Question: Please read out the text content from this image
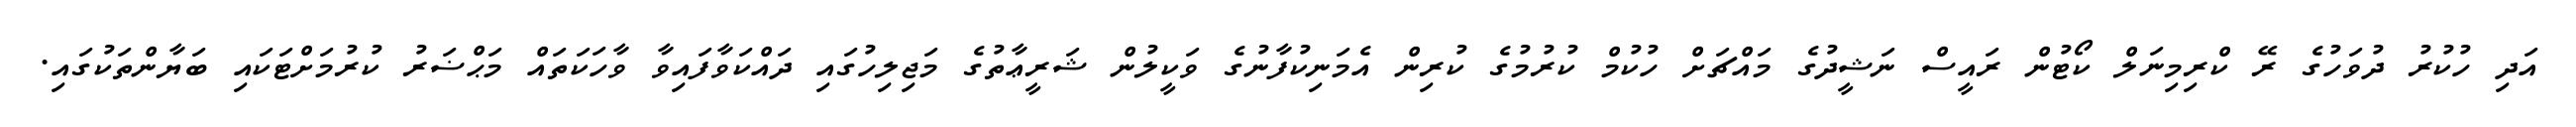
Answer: އަދި ހުކުރު ދުވަހުގެ ރޭ ކްރިމިނަލް ކޯޓުން ރައީސް ނަޝީދުގެ މައްޗަށް ހުކުމް ކުރުމުގެ ކުރިން އެމަނިކުފާނުގެ ވަކީލުން ޝަރީޢާތުގެ މަޖިލިހުގައި ދައްކަވާފައިވާ ވާހަކަތައް މަޙްޟަރު ކުރުމަށްޓަކައި ބަޔާންތަކުގައި.